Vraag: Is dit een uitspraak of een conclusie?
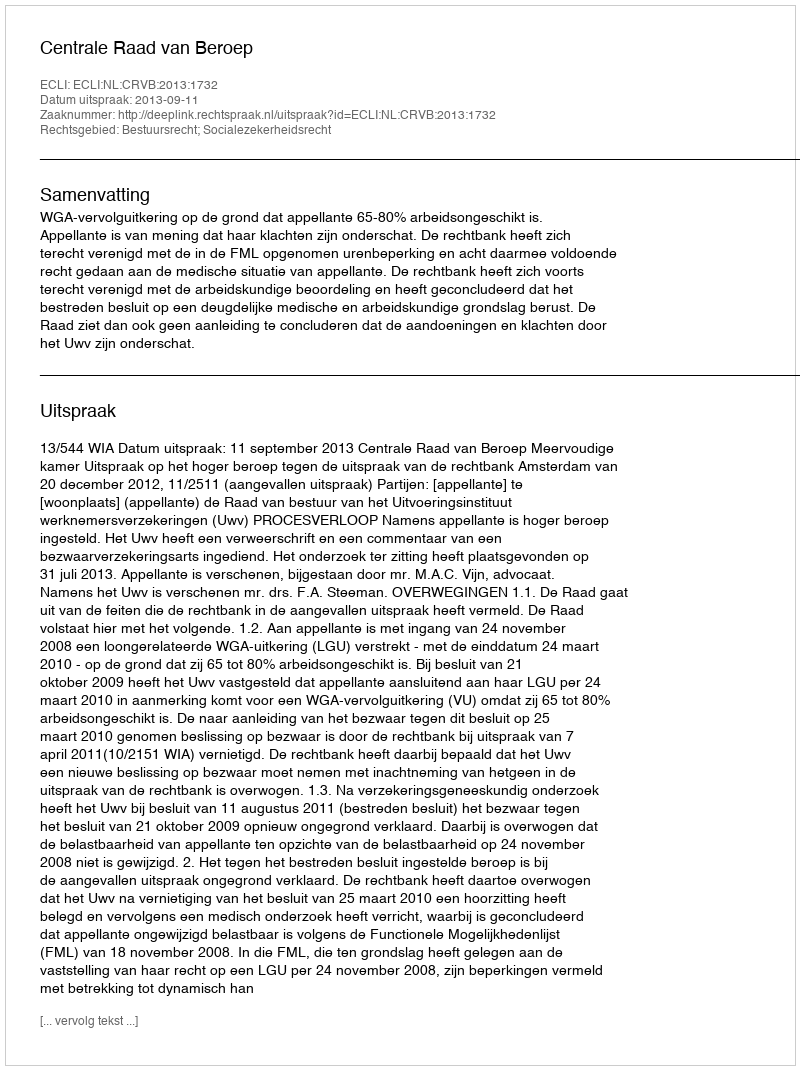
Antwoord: Uitspraak